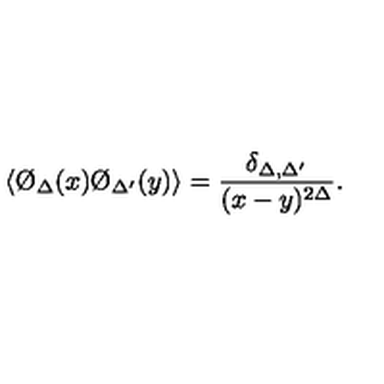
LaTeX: \langle \O _ { \Delta } ( x ) \O _ { \Delta ^ { \prime } } ( y ) \rangle = { \frac { \delta _ { \Delta , \Delta ^ { \prime } } } { ( x - y ) ^ { 2 \Delta } } } .